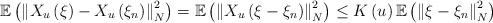
LaTeX: \begin{align*}\mathbb{E} \left( \left\Vert X_{u} \left( \xi \right) - X_{u} \left( \xi_n \right) \right\Vert_{N}^2 \right)=\mathbb{E} \left( \left\Vert X_{u} \left( \xi - \xi_n \right) \right\Vert_{N}^2 \right)\leq K \left( u \right) \mathbb{E} \left( \left\Vert \xi - \xi_n \right\Vert_{N}^2 \right) \end{align*}